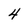
Character: 4